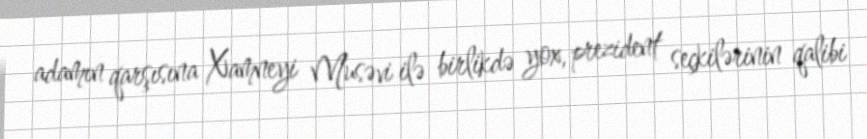
adamın qarşısına Xamneyi Musəvi ilə birlikdə yox, prezident seçkilərinin qalibi